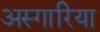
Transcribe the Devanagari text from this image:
अस्गारिया